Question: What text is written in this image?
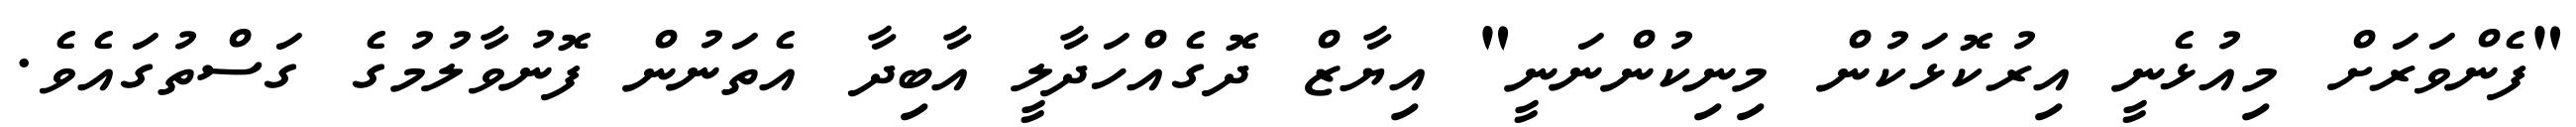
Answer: "ފެންވަރަށް މިއުޅެނީ އިރުކޮޅަކުން މިނިކުންނަނީ" އިޔާޒް ދޮގެއްހަދާލީ އާބިދާ އެތަނުން ފޮނުވާލުމުގެ ގަސްތުގައެވެ.